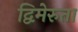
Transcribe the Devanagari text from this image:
द्विमेरुता